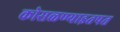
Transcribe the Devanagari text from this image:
कोसळण्याइतपत